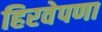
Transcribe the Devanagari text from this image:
हिरवेपणा